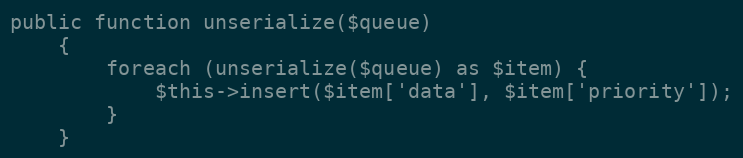
Language: PHP
public function unserialize($queue)
    {
        foreach (unserialize($queue) as $item) {
            $this->insert($item['data'], $item['priority']);
        }
    }